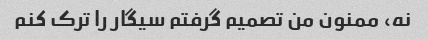
نه، ممنون من تصمیم گرفتم سیگار را ترک کنم